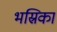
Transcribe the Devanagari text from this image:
भस्रिका